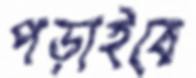
পড়াইবে